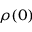
\rho ( 0 )